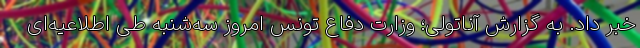
خبر داد. به گزارش آناتولی؛ وزارت دفاع تونس امروز سه‌شنبه طی اطلاعیه‌ای